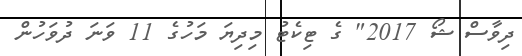
ދިވާސް ޝޯ 2017" ގެ ޓިކެޓު މިދިޔަ މަހުގެ 11 ވަނަ ދުވަހުން